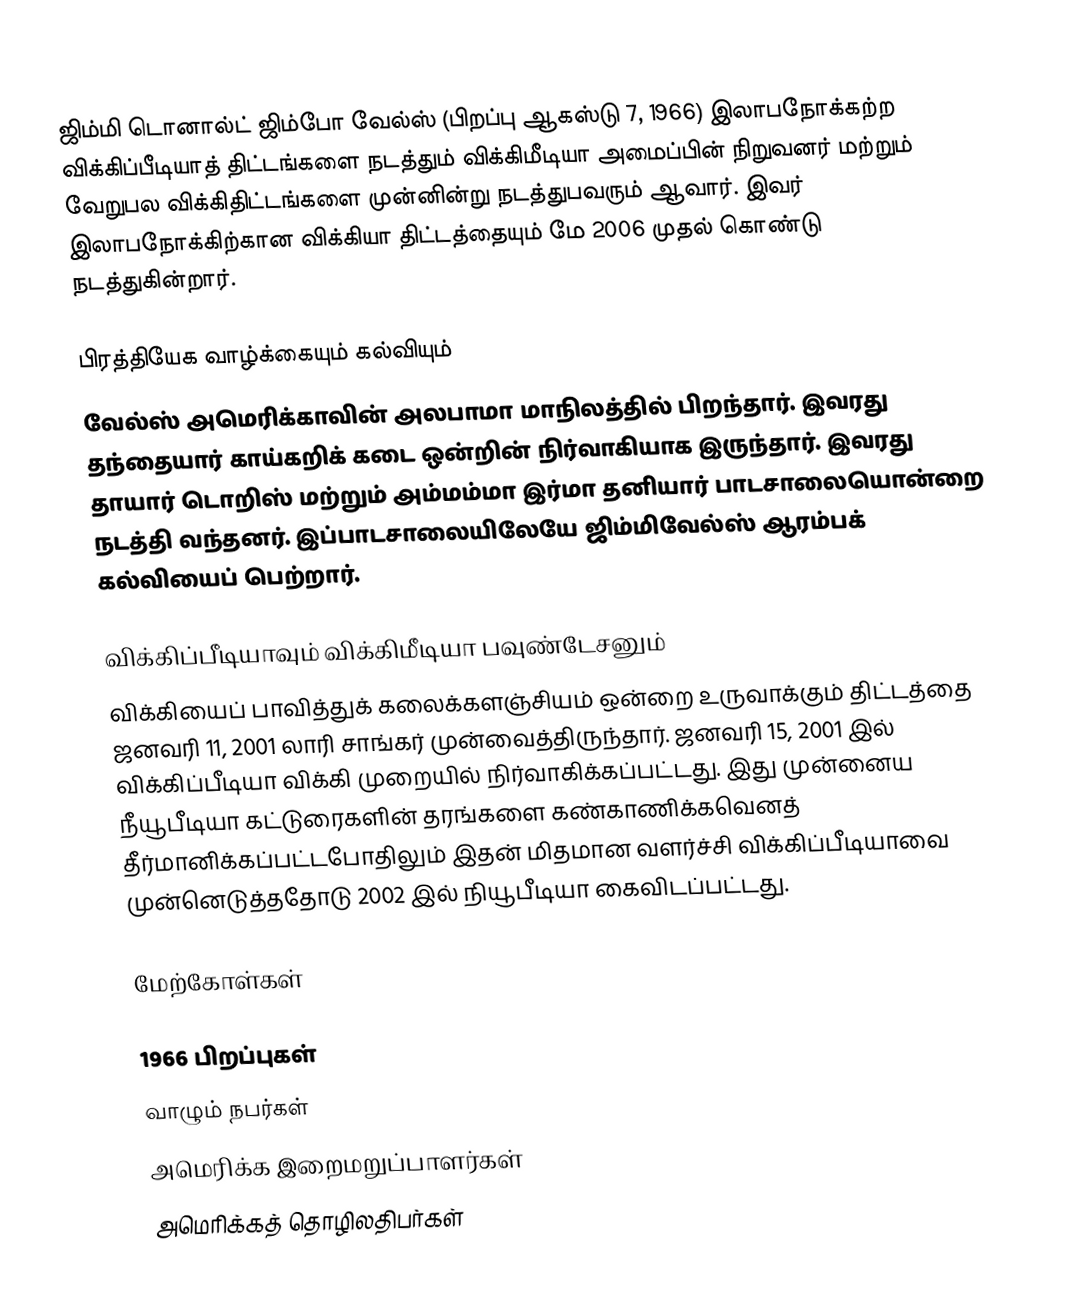
ஜிம்மி டொனால்ட் ஜிம்போ வேல்ஸ் (பிறப்பு ஆகஸ்டு 7, 1966) இலாபநோக்கற்ற விக்கிப்பீடியாத் திட்டங்களை நடத்தும் விக்கிமீடியா அமைப்பின் நிறுவனர் மற்றும் வேறுபல விக்கிதிட்டங்களை முன்னின்று நடத்துபவரும் ஆவார். இவர் இலாபநோக்கிற்கான விக்கியா திட்டத்தையும் மே 2006 முதல் கொண்டு நடத்துகின்றார்.

பிரத்தியேக வாழ்க்கையும் கல்வியும்
வேல்ஸ் அமெரிக்காவின் அலபாமா மாநிலத்தில் பிறந்தார். இவரது தந்தையார் காய்கறிக் கடை ஒன்றின் நிர்வாகியாக இருந்தார். இவரது தாயார் டொறிஸ் மற்றும் அம்மம்மா இர்மா தனியார் பாடசாலையொன்றை நடத்தி வந்தனர். இப்பாடசாலையிலேயே ஜிம்மிவேல்ஸ் ஆரம்பக் கல்வியைப் பெற்றார்.

விக்கிப்பீடியாவும் விக்கிமீடியா பவுண்டேசனும்
விக்கியைப் பாவித்துக் கலைக்களஞ்சியம் ஒன்றை உருவாக்கும் திட்டத்தை ஜனவரி 11, 2001  லாரி சாங்கர் முன்வைத்திருந்தார். ஜனவரி 15, 2001 இல் விக்கிப்பீடியா விக்கி முறையில் நிர்வாகிக்கப்பட்டது. இது முன்னைய நீயூபீடியா கட்டுரைகளின் தரங்களை கண்காணிக்கவெனத் தீர்மானிக்கப்பட்டபோதிலும் இதன் மிதமான வளர்ச்சி விக்கிப்பீடியாவை முன்னெடுத்ததோடு 2002 இல் நியூபீடியா கைவிடப்பட்டது.

மேற்கோள்கள்

1966 பிறப்புகள்
வாழும் நபர்கள்
அமெரிக்க இறைமறுப்பாளர்கள்
அமெரிக்கத் தொழிலதிபர்கள்